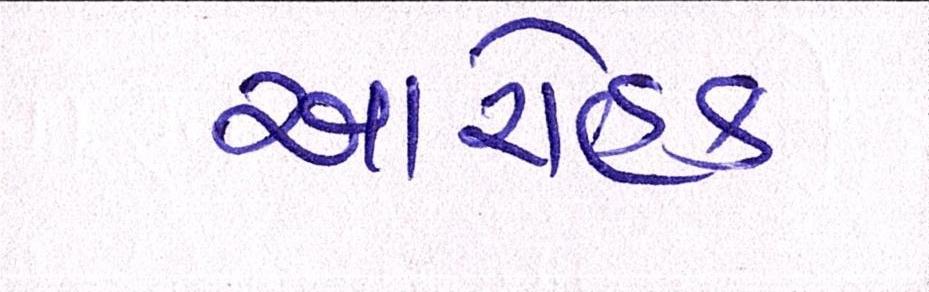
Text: આરોહક